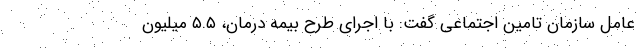
عامل سازمان تامین اجتماعی گفت: با اجرای طرح بیمه درمان، ۵.۵ میلیون